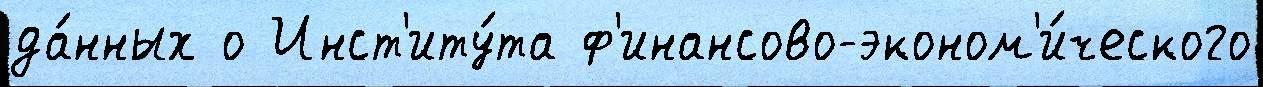
да́нных о Инст'иту́та ф'инансово-эконом'и́ческого